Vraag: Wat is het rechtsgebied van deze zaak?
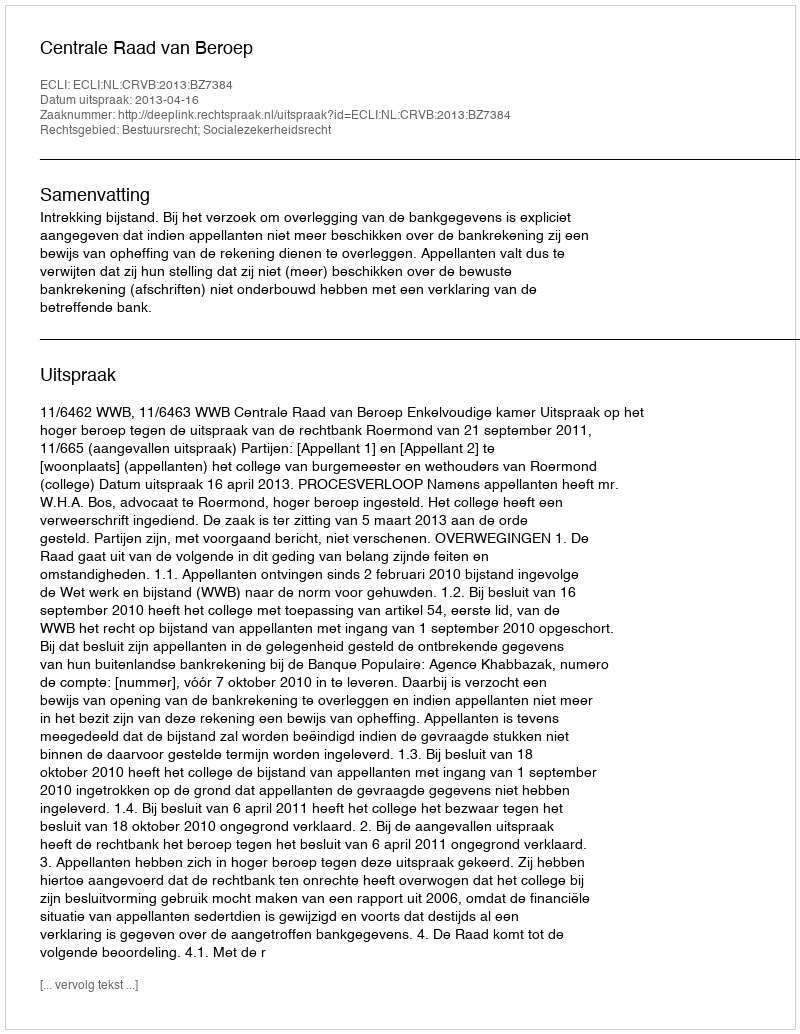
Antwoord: Bestuursrecht; Socialezekerheidsrecht